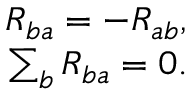
\begin{array} { r } { R _ { b a } = - R _ { a b } , } \\ { \sum _ { b } R _ { b a } = 0 . } \end{array}